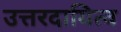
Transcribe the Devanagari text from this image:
उत्तरदायित्व